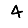
Digit: 4